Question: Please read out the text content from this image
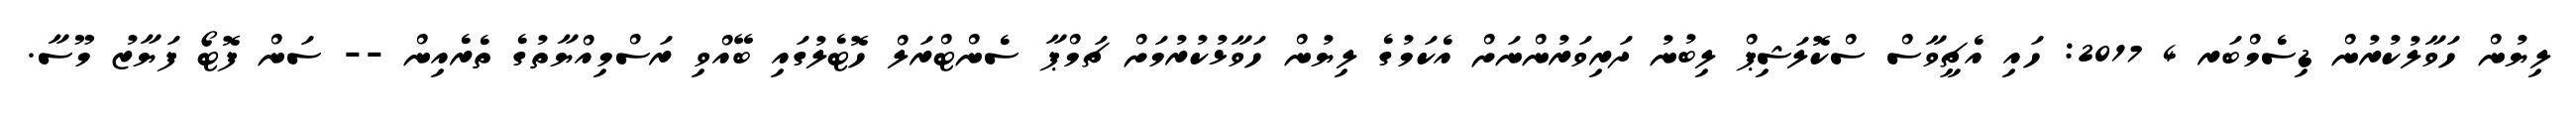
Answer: ލިޔުން ހަވާލުކުރުން ޑިސެމްބަރ 4 2017: ހައި އެޗީވާސް ސްކޮލަޝިޕް ލިބުނު ދަރިވަރުންނަށް އެކަމުގެ ލިޔުން ހަވާޅުކުރުމަށް ޗަމްޕާ ސެންޓްރަލް ހޮޓެލުގައި ބޭއްވި ރަސްމިއްޔާތުގެ ތެރެއިން -- ސަން ފޮޓޯ ފަޔާޒު މޫސާ.